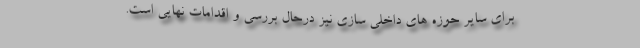
برای سایر حوزه های داخلی سازی نیز درحال بررسی و اقدامات نهایی است.